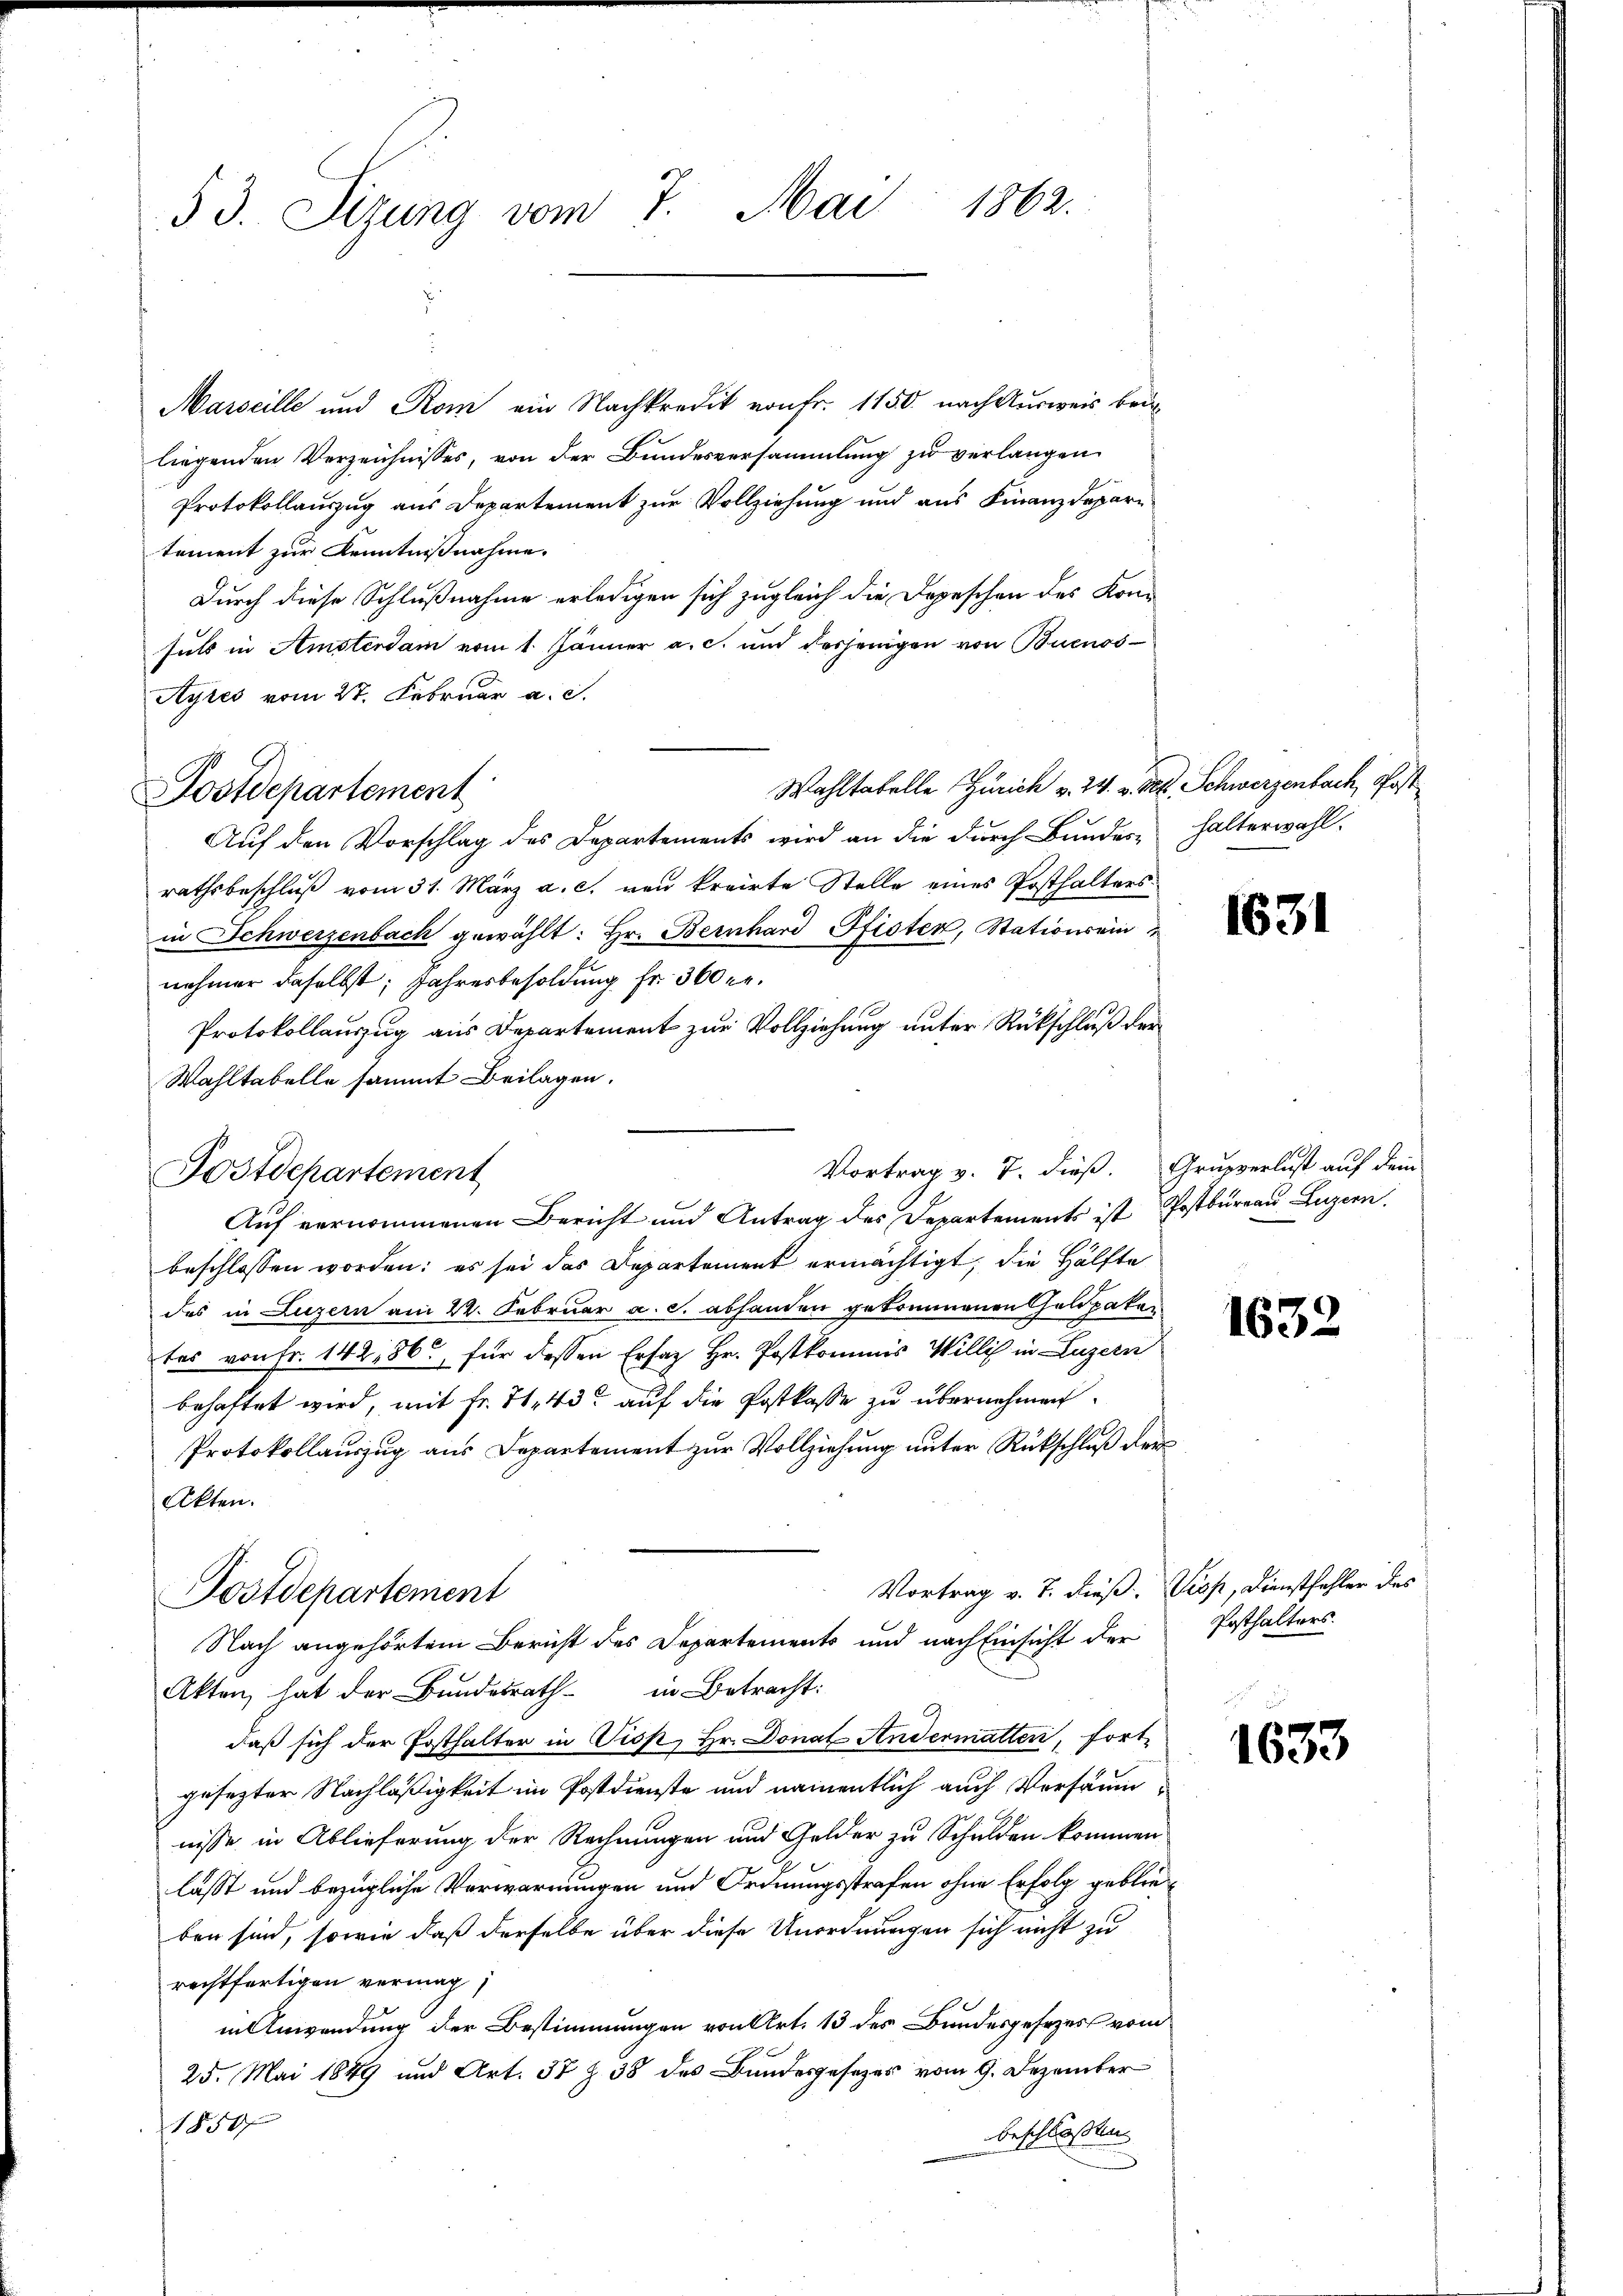
53. Sizung vom 7. Mai 1862.

Marseille und Rom ein Nachkredit von Fr. 1150 nach Ausweis beiliegenden Verzeichnisses, von der Bundesversammlung zu verlangen
Protokollauszug aus Departement zur Vollziehung und aus Finanzdepartement zur Kenntnißnahme.
Durch diese Schlußnahme erledigen sich zugleich die Depeschen des Kon-
suls in Amsterdam vom 1. Jänner a. c. und desjenigen von Buenos¬
Ayres vom 27. Februar a. c.
Wahltabelle Zürich v. 24. v. Mt. Schwerzenbach, Post
Auf den Vorschlag des Departements wird an die durch Bundes-
rathsbeschluß vom 31. März a. c. neu kreirte Stelle eines Posthalters
in Schwerzenbach gewählt: Hr. Bernhard Pfisten, Stationsein
nehmer daselbst, Jahresbesoldung fr. 300 er.
Protokollauszug aus Departement zur Vollziehung unter Rückschluß der
Wahltabelle sammt Beilagen.
Auf vernommenen Bericht und Antrag des Departements ist Postbureau Luzern.
beschlossen worden; es sei das Departement ermächtigt, die Hälfte
das in Luzern am 24. Februar a. c. abhanden gekommenen Goldpakates von fr. 14286, für dessen Erfaz Hr. Postkommis Willis in Luzern
behaftet wird, mit Fr. 71. 43 auf die Postkasse zu übernehmen.
Protokollauszug aus Departement zur Vollziehung unter Rückschluß der
Akten.
Vortrag v. J. dieß. Visp, Dienstfehler des
Postdepartement
Nach angehörtem Bericht des Departements und nach Einsicht der
Akten, hat der Bundesrath in Betracht:
daß sich der Posthalter in Tisp, Hr. Donat Andermatten, fort-
gesezter Nachläßigkeit im Postdienste und namentlich auch Versäumnisse in Ablieferung der Rechnungen und Gelder zu Schulden kommen
lässt und bezügliche Verwarnungen und Ordnungsstrafen ohne Erfolg geblieben sind, sowie daß derselbe über diese Unordnungen sich nicht zu
rechtfertigen vermag,
in Anwendung der Bestimmungen von Art. 13 des Bundesgesezes vom
25. Mai 1849 und Art. 32 Z. 38 des Bundesgesezes vom 9. Dezember
1850
beschloßen

Postdepartement

Postdepartement

Vortrag v. 7. dieß. Grupperlust auf dem

halterwahl.

1631

1632

Posthalters.

1653